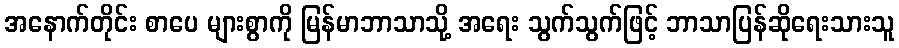
အနောက်တိုင်း စာပေ များစွာကို မြန်မာဘာသာသို့ အရေး သွက်သွက်ဖြင့် ဘာသာပြန်ဆိုရေးသားသူ